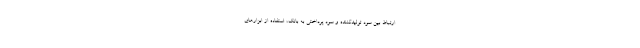
ارتباط بین سود تولیدکننده و سود پرداختی به بانک، استفاده از ابزارهای